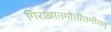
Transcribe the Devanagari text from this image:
गिराज्ञानगोतीतमीशम्